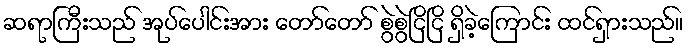
ဆရာကြီးသည် အုပ်ပေါင်းအား တော်တော် စွဲစွဲငြိငြိ ရှိခဲ့ကြောင်း ထင်ရှားသည်။